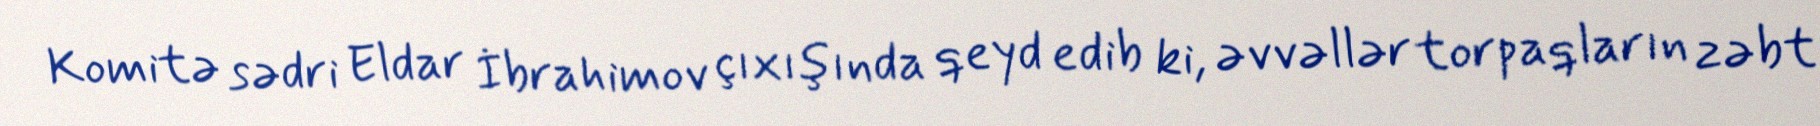
Komitə sədri Eldar İbrahimov çıxışında qeyd edib ki, əvvəllər torpaqların zəbt